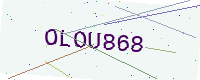
Text: OLOU868